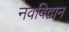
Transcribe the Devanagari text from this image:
नवविद्वान